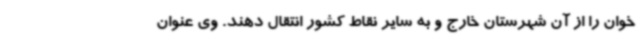
خوان را از آن شهرستان خارج و به سایر نقاط کشور انتقال دهند. وی عنوان